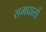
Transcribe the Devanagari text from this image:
समघातों